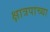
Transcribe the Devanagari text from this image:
क्षात्रपाच्या